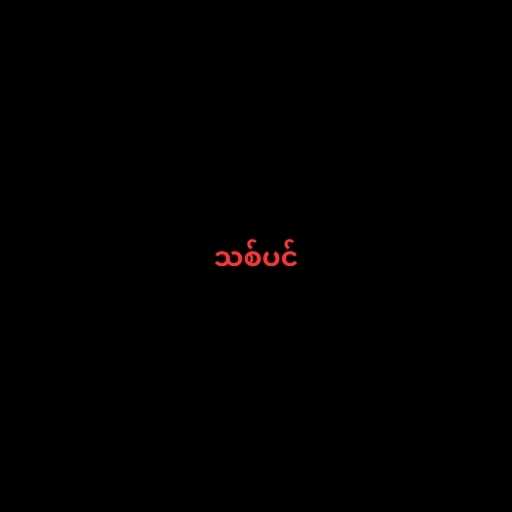
သစ်ပင်